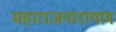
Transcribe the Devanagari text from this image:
महाराजनारायण